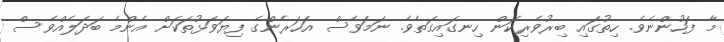
މާ ފަހުންނެވެ. ހިތުގައި ބިރުވެރިކަން ހިނގައިގަތެވެ. ނަމަވެސް އަހަރެންގެ ފިޔަވަޅުތަކަށް އެންމެ ބަދަލެއްވެސް